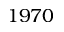
1 9 7 0